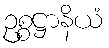
ဥစ္စဋ္ဌာနိယံ